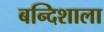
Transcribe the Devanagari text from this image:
बन्दिशाला